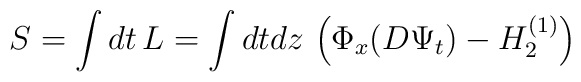
S = \int dt\,L = \int dt dz\,\left(\Phi_{x}(D\Psi_{t})  -H_{2}^{(1)}\right)